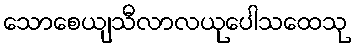
သောစေယျသီလာလယုပေါသထေသု